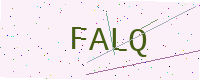
Text: FALQ